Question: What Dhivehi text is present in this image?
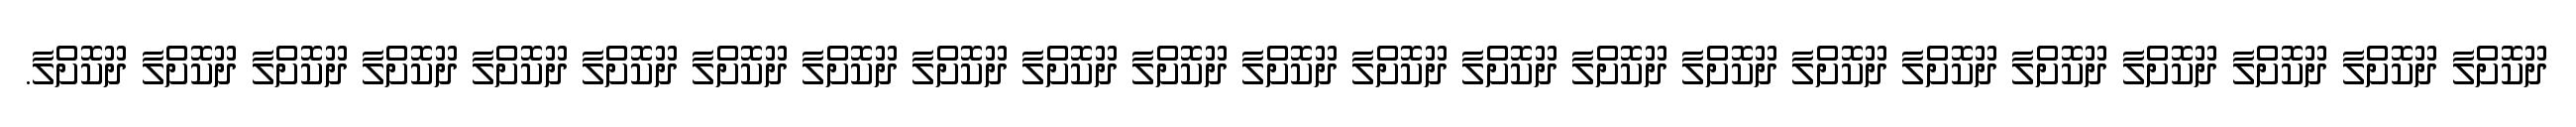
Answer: ދޫކޮށްލާ ދޫކޮށްލާ ދޫކޮށްލާ ދޫކޮށްލާ ދޫކޮށްލާ ދޫކޮށްލާ ދޫކޮށްލާ ދޫކޮށްލާ ދޫކޮށްލާ ދޫކޮށްލާ ދޫކޮށްލާ ދޫކޮށްލާ ދޫކޮށްލާ ދޫކޮށްލާ ދޫކޮށްލާ ދޫކޮށްލާ ދޫކޮށްލާ ދޫކޮށްލާ ދޫކޮށްލާ ދޫކޮށްލާ ދޫކޮށްލާ ދޫކޮށްލާ ދޫކޮށްލާ.